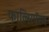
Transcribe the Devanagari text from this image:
फाल्सिपॅरम